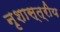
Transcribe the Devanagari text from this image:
नृशास्त्रीय